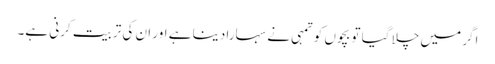
اگر میں چلا گیا تو بچوں کو تمہی نے سہارا دینا ہے اور ان کی تربیت کرنی ہے۔